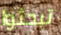
تبحثوا